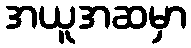
အယူအဆမှာ